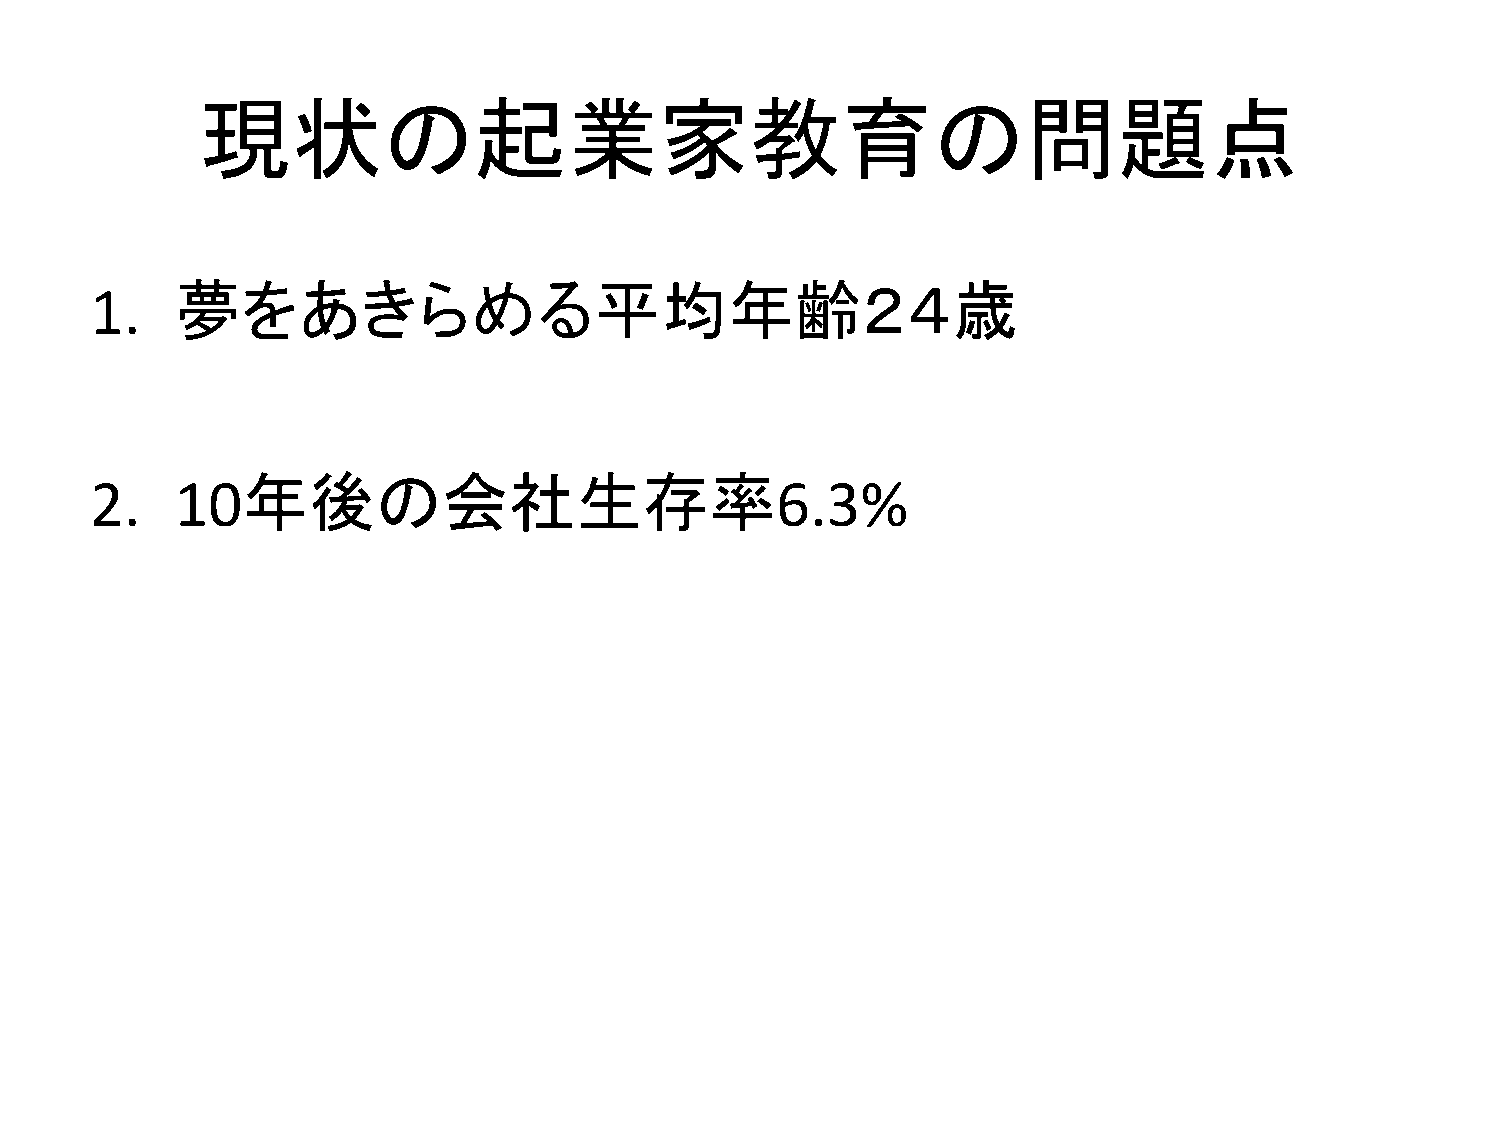
現状の起業家教育の問題点
 夢をあきらめる平均年齢２４歳
 1.
 年後の会社生存率
 2.    10                                     6.3%